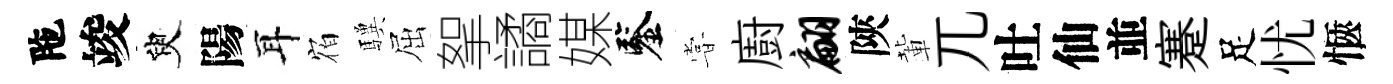
陁竣臾陽耳𪧐驥屈挐譎媒鑒甞廚翩陝輩兀吐仙並蹇足忧愜